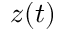
z ( t )